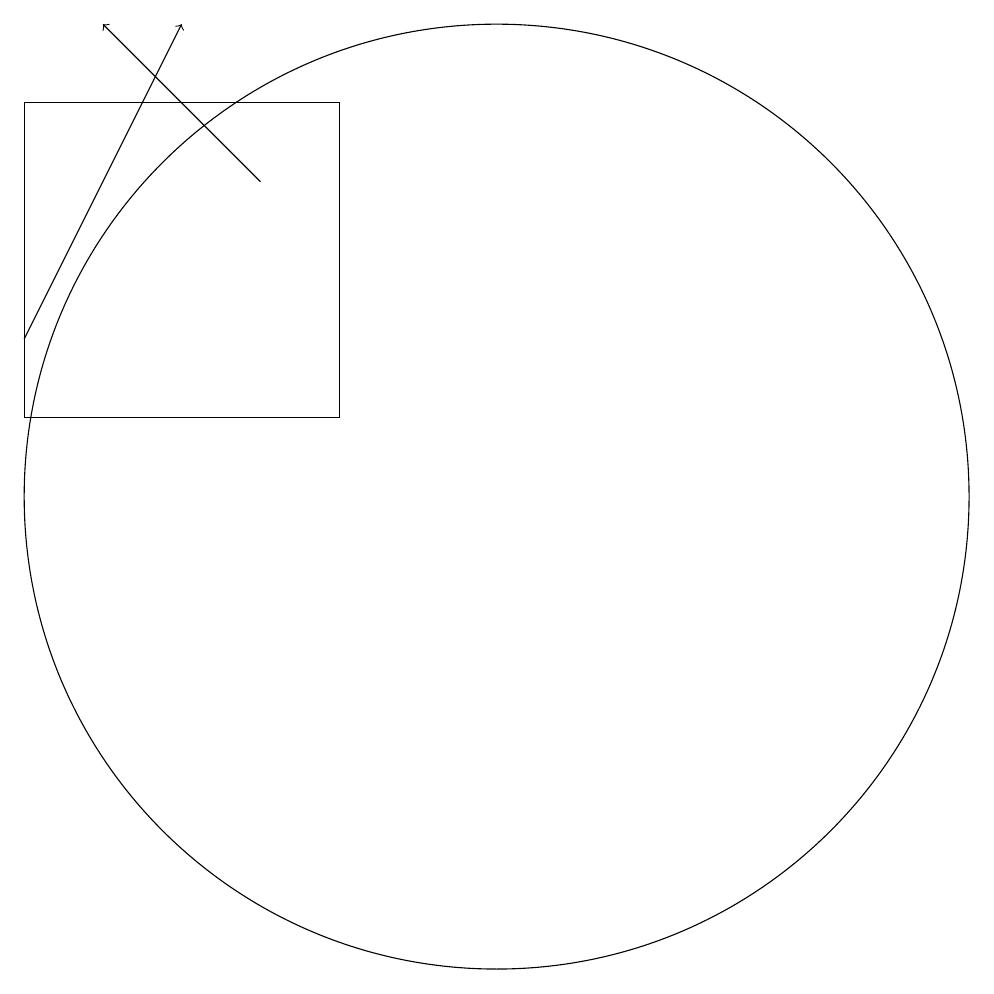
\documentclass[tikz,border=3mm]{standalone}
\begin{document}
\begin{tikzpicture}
\draw[->] (8,14) -- (6,16);
\draw (5,15) rectangle (9,11);
\draw[->] (5,12) -- (7,16);
\draw (11,10) circle (6);
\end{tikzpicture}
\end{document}